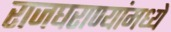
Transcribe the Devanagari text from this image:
राजघराण्यांमध्ये